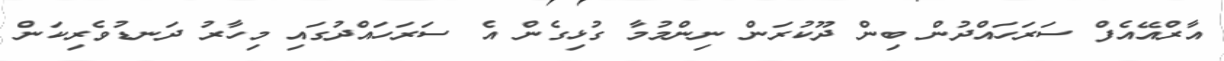
އާރްއޭއެފް ސަރަހައްދުން ބިން ދޫކުރަން ނިންމުމާ ގުޅިގެން އެ ސަރަހައްދުގައި މިހާރު ދަނޑުވެރިކަން